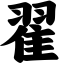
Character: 翟